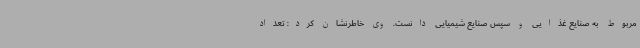
مربوط به صنایع غذایی و سپس صنایع شیمیایی دانست. وی خاطرنشان کرد: تعداد